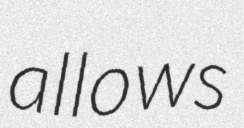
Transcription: allows